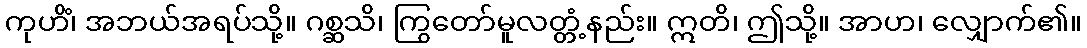
ကုဟိံ၊ အဘယ်အရပ်သို့။ ဂစ္ဆသိ၊ ကြွတော်မူလတ္တံ့နည်း။ ဣတိ၊ ဤသို့။ အာဟ၊ လျှောက်၏။